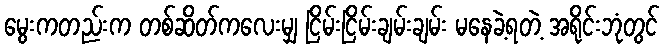
မွေးကတည်းက တစ်ဆိတ်ကလေးမျှ ငြိမ်းငြိမ်းချမ်းချမ်း မနေခဲ့ရတဲ့ အရိုင်းဘုံတွင်